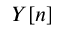
Y [ n ]